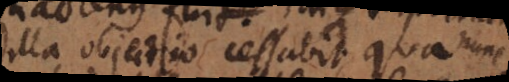
illa objectio cessabit qua nunc